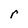
Character: r